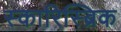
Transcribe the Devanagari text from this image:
स्कारिस्ब्रिक